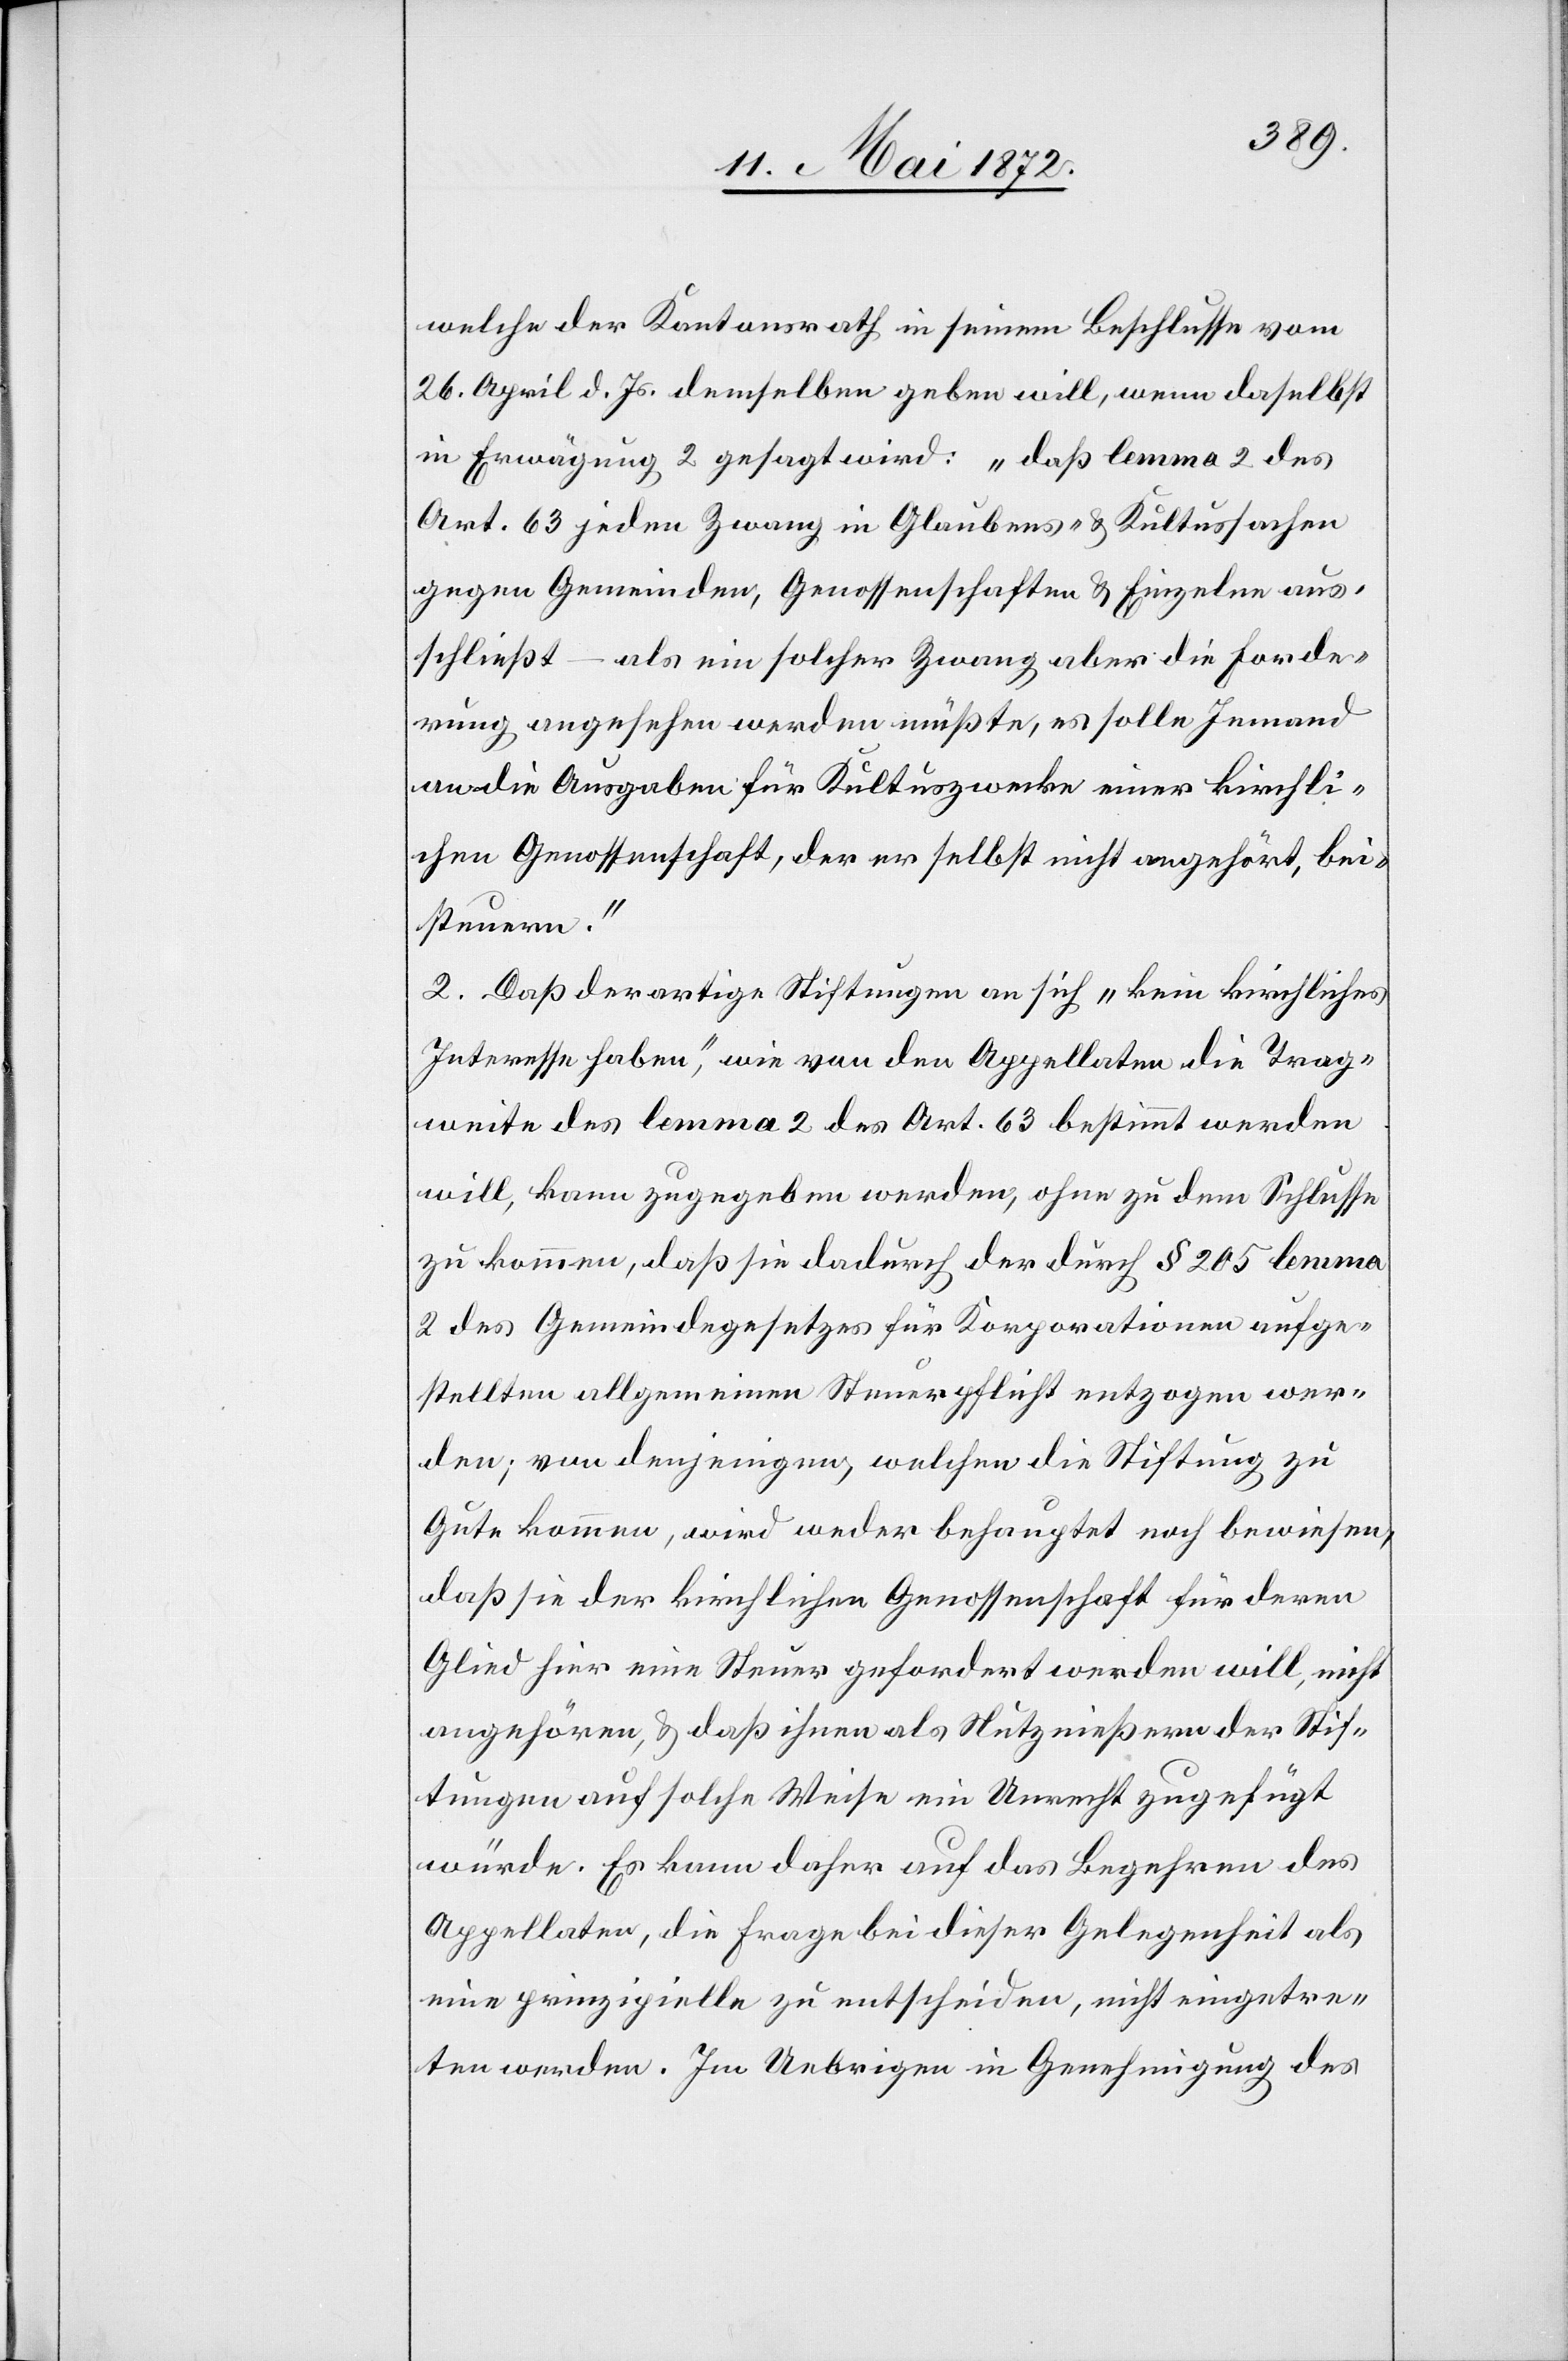
welche der Kantonsrath in seinem Beschlusse vom
26. April d. Js. demselben geben will, wenn daselbst
in Erwägung 2 gesagt wird: „daß lemma 2 des
Art. 63 jeden Zwang in Glaubens- u. Kultussachen
gegen Gemeinden, Genossenschaften u. Einzelne aus¬
schließt – als ein solcher Zwang aber die Forde¬
rung angesehen werden müßte, es solle Jemand
an die Ausgaben für Kultuszwecke einer kirchli¬
chen Genossenschaft, der er selbst nicht angehört, bei¬
steuern.“
2. Daß derartige Stiftungen an sich „kein kirchliches
Interesse haben“, wie von den Appellaten die Trag¬
weite des lemma 2 des Art. 63 bestimmt werden
will, kann zugegeben werden, ohne zu dem Schlusse
zu kommen, daß sie dadurch der durch § 205 lemma
2 des Gemeindegesetzes für Korporationen aufge¬
stellten allgemeinen Steuerpflicht entzogen wer¬
den; von denjenigen, welchen die Stiftung zu
Gute kommen, wird weder behauptet noch bewiesen,
daß sie der kirchlichen Genossenschaft für deren
Glied hier eine Steuer gefordert werden will, nicht
angehören, u. daß ihnen als Nutznießern der Stif¬
tungen auf solche Weise ein Unrecht zugefügt
würde. Es kann daher auf das Begehren des
Appellaten, die Frage bei dieser Gelegenheit als
eine prinzipielle zu entscheiden, nicht eingetre¬
ten werden. Im Uebrigen in Genehmigung des